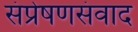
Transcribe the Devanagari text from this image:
संप्रेषणसंवाद